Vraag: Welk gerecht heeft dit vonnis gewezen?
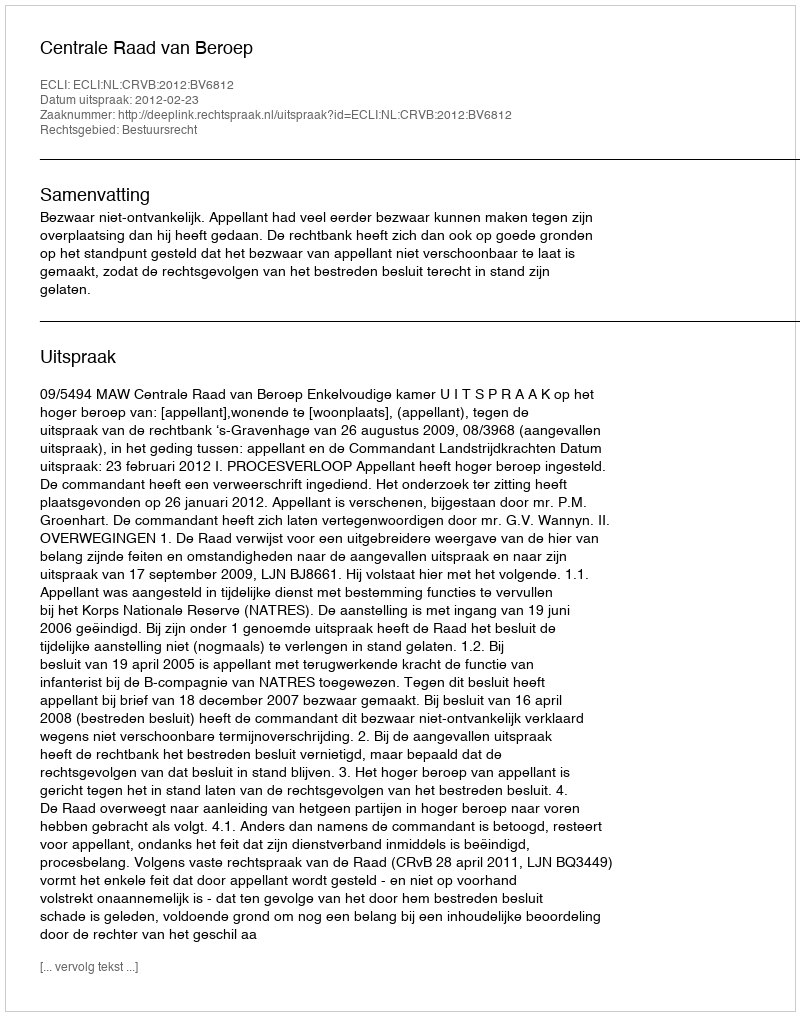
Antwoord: Centrale Raad van Beroep